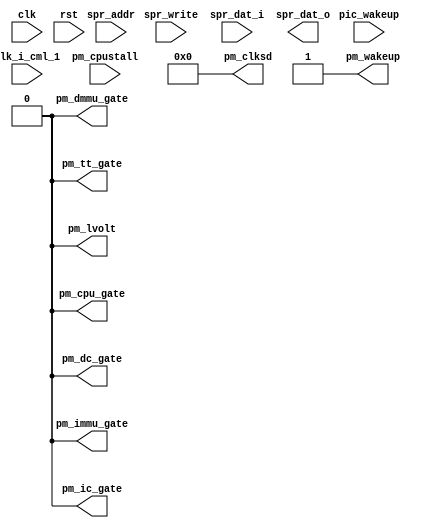
module or1200_pm_cm2(
		clk_i_cml_1,
		
	// RISC Internal Interface
	clk, rst, pic_wakeup, spr_write, spr_addr, spr_dat_i, spr_dat_o,
	
	// Power Management Interface
	pm_clksd, pm_cpustall, pm_dc_gate, pm_ic_gate, pm_dmmu_gate,
	pm_immu_gate, pm_tt_gate, pm_cpu_gate, pm_wakeup, pm_lvolt
);


input clk_i_cml_1;
reg  spr_write_cml_1;
reg [ 31 : 0 ] spr_addr_cml_1;
reg [ 31 : 0 ] spr_dat_i_cml_1;
reg  pm_cpustall_cml_1;
reg [ 3 : 0 ] sdf_cml_1;
reg  dme_cml_1;
reg  sme_cml_1;
reg  dcge_cml_1;



//
// RISC Internal Interface
//
input		clk;		// Clock
input		rst;		// Reset
input		pic_wakeup;	// Wakeup from the PIC
input		spr_write;	// SPR Read/Write
input	[31:0]	spr_addr;	// SPR Address
input	[31:0]	spr_dat_i;	// SPR Write Data
output	[31:0]	spr_dat_o;	// SPR Read Data

//
// Power Management Interface
//
input		pm_cpustall;	// Stall the CPU
output	[3:0]	pm_clksd;	// Clock Slowdown factor
output		pm_dc_gate;	// Gate DCache clock
output		pm_ic_gate;	// Gate ICache clock
output		pm_dmmu_gate;	// Gate DMMU clock
output		pm_immu_gate;	// Gate IMMU clock
output		pm_tt_gate;	// Gate Tick Timer clock
output		pm_cpu_gate;	// Gate main RISC/CPU clock
output		pm_wakeup;	// Activate (de-gate) all clocks
output		pm_lvolt;	// Lower operating voltage

`ifdef OR1200_PM_IMPLEMENTED

//
// Power Management Register bits
//
reg	[3:0]	sdf;	// Slow-down factor
reg		dme;	// Doze Mode Enable
reg		sme;	// Sleep Mode Enable
reg		dcge;	// Dynamic Clock Gating Enable

//
// Internal wires
//
wire		pmr_sel; // PMR select

//
// PMR address decoder (partial decoder)
//
`ifdef OR1200_PM_PARTIAL_DECODING

// SynEDA CoreMultiplier
// assignment(s): pmr_sel
// replace(s): spr_addr
assign pmr_sel = (spr_addr_cml_1[`OR1200_SPR_GROUP_BITS] == `OR1200_SPRGRP_PM) ? 1'b1 : 1'b0;
`else
assign pmr_sel = ((spr_addr[`OR1200_SPR_GROUP_BITS] == `OR1200_SPRGRP_PM) &&
		  (spr_addr[`OR1200_SPR_OFS_BITS] == `OR1200_PM_OFS_PMR)) ? 1'b1 : 1'b0;
`endif

//
// Write to PMR and also PMR[DME]/PMR[SME] reset when
// pic_wakeup is asserted
//

// SynEDA CoreMultiplier
// assignment(s): sdf, dme, sme, dcge
// replace(s): spr_write, spr_dat_i, sdf, dme, sme, dcge
always @(posedge clk or posedge rst)
	if (rst)
		{dcge, sme, dme, sdf} <= 7'b0;
	else begin  dcge <= dcge_cml_1; sme <= sme_cml_1; dme <= dme_cml_1; sdf <= sdf_cml_1; if (pmr_sel && spr_write_cml_1) begin
		sdf <= #1 spr_dat_i_cml_1[`OR1200_PM_PMR_SDF];
		dme <= #1 spr_dat_i_cml_1[`OR1200_PM_PMR_DME];
		sme <= #1 spr_dat_i_cml_1[`OR1200_PM_PMR_SME];
		dcge <= #1 spr_dat_i_cml_1[`OR1200_PM_PMR_DCGE];
	end
	else if (pic_wakeup) begin
		dme <= #1 1'b0;
		sme <= #1 1'b0;
	end end

//
// Read PMR
//
`ifdef OR1200_PM_READREGS
assign spr_dat_o[`OR1200_PM_PMR_SDF] = sdf_cml_1;
assign spr_dat_o[`OR1200_PM_PMR_DME] = dme_cml_1;
assign spr_dat_o[`OR1200_PM_PMR_SME] = sme_cml_1;
assign spr_dat_o[`OR1200_PM_PMR_DCGE] = dcge_cml_1;
`ifdef OR1200_PM_UNUSED_ZERO

// SynEDA CoreMultiplier
// assignment(s): spr_dat_o
// replace(s): sdf, dme, sme, dcge
assign spr_dat_o[`OR1200_PM_PMR_UNUSED] = 25'b0;
`endif
`endif

//
// Generate pm_clksd
//

// SynEDA CoreMultiplier
// assignment(s): pm_clksd
// replace(s): sdf
assign pm_clksd = sdf_cml_1;

//
// Statically generate all clock gate outputs
// TODO: add dynamic clock gating feature
//

// SynEDA CoreMultiplier
// assignment(s): pm_cpu_gate
// replace(s): dme, sme
assign pm_cpu_gate = (dme_cml_1 | sme_cml_1) & ~pic_wakeup;
assign pm_dc_gate = pm_cpu_gate;
assign pm_ic_gate = pm_cpu_gate;
assign pm_dmmu_gate = pm_cpu_gate;
assign pm_immu_gate = pm_cpu_gate;

// SynEDA CoreMultiplier
// assignment(s): pm_tt_gate
// replace(s): sme
assign pm_tt_gate = sme_cml_1 & ~pic_wakeup;

//
// Assert pm_wakeup when pic_wakeup is asserted
//
assign pm_wakeup = pic_wakeup;

//
// Assert pm_lvolt when pm_cpu_gate or pm_cpustall are asserted
//

// SynEDA CoreMultiplier
// assignment(s): pm_lvolt
// replace(s): pm_cpustall
assign pm_lvolt = pm_cpu_gate | pm_cpustall_cml_1;

`else

//
// When PM is not implemented, drive all outputs as would when PM is disabled
//
assign pm_clksd = 4'b0;
assign pm_cpu_gate = 1'b0;
assign pm_dc_gate = 1'b0;
assign pm_ic_gate = 1'b0;
assign pm_dmmu_gate = 1'b0;
assign pm_immu_gate = 1'b0;
assign pm_tt_gate = 1'b0;
assign pm_wakeup = 1'b1;
assign pm_lvolt = 1'b0;

//
// Read PMR
//
`ifdef OR1200_PM_READREGS
assign spr_dat_o[`OR1200_PM_PMR_SDF] = 4'b0;
assign spr_dat_o[`OR1200_PM_PMR_DME] = 1'b0;
assign spr_dat_o[`OR1200_PM_PMR_SME] = 1'b0;
assign spr_dat_o[`OR1200_PM_PMR_DCGE] = 1'b0;
`ifdef OR1200_PM_UNUSED_ZERO
assign spr_dat_o[`OR1200_PM_PMR_UNUSED] = 25'b0;
`endif
`endif

`endif


always @ (posedge clk_i_cml_1) begin
spr_write_cml_1 <= spr_write;
spr_addr_cml_1 <= spr_addr;
spr_dat_i_cml_1 <= spr_dat_i;
pm_cpustall_cml_1 <= pm_cpustall;
sdf_cml_1 <= sdf;
dme_cml_1 <= dme;
sme_cml_1 <= sme;
dcge_cml_1 <= dcge;
end
endmodule